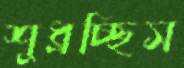
শুধ্‌রচ্ছিস